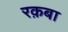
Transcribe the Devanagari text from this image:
रक़बा